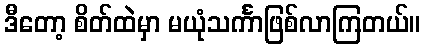
ဒီတော့ စိတ်ထဲမှာ မယုံသင်္ကာဖြစ်လာကြတယ်။